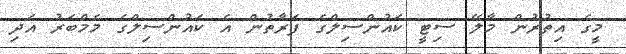
މީގެ އިތުރުން މާލޭ ސިޓީ ކައުންސިލްގެ ފަރާތުން އެ ކައުންސިލްގެ މެމްބަރު އަދި